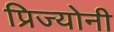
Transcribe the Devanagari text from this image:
प्रिज्योनी